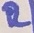
Text: R